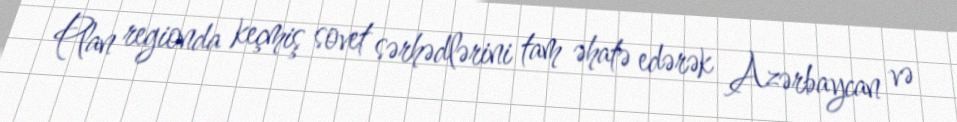
Plan regionda keçmiş sovet sərhədlərini tam əhatə edərək Azərbaycan və